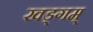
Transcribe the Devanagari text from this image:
खड्गम्